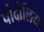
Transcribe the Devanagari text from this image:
पोदोलिया